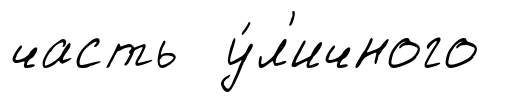
часть у́л'ичного